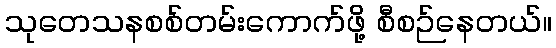
သုတေသနစစ်တမ်းကောက်ဖို့ စီစဉ်နေတယ်။